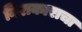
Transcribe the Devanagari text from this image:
निराकाराचा